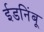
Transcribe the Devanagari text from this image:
ईडनिंबू